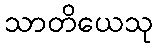
သာတိယေသု